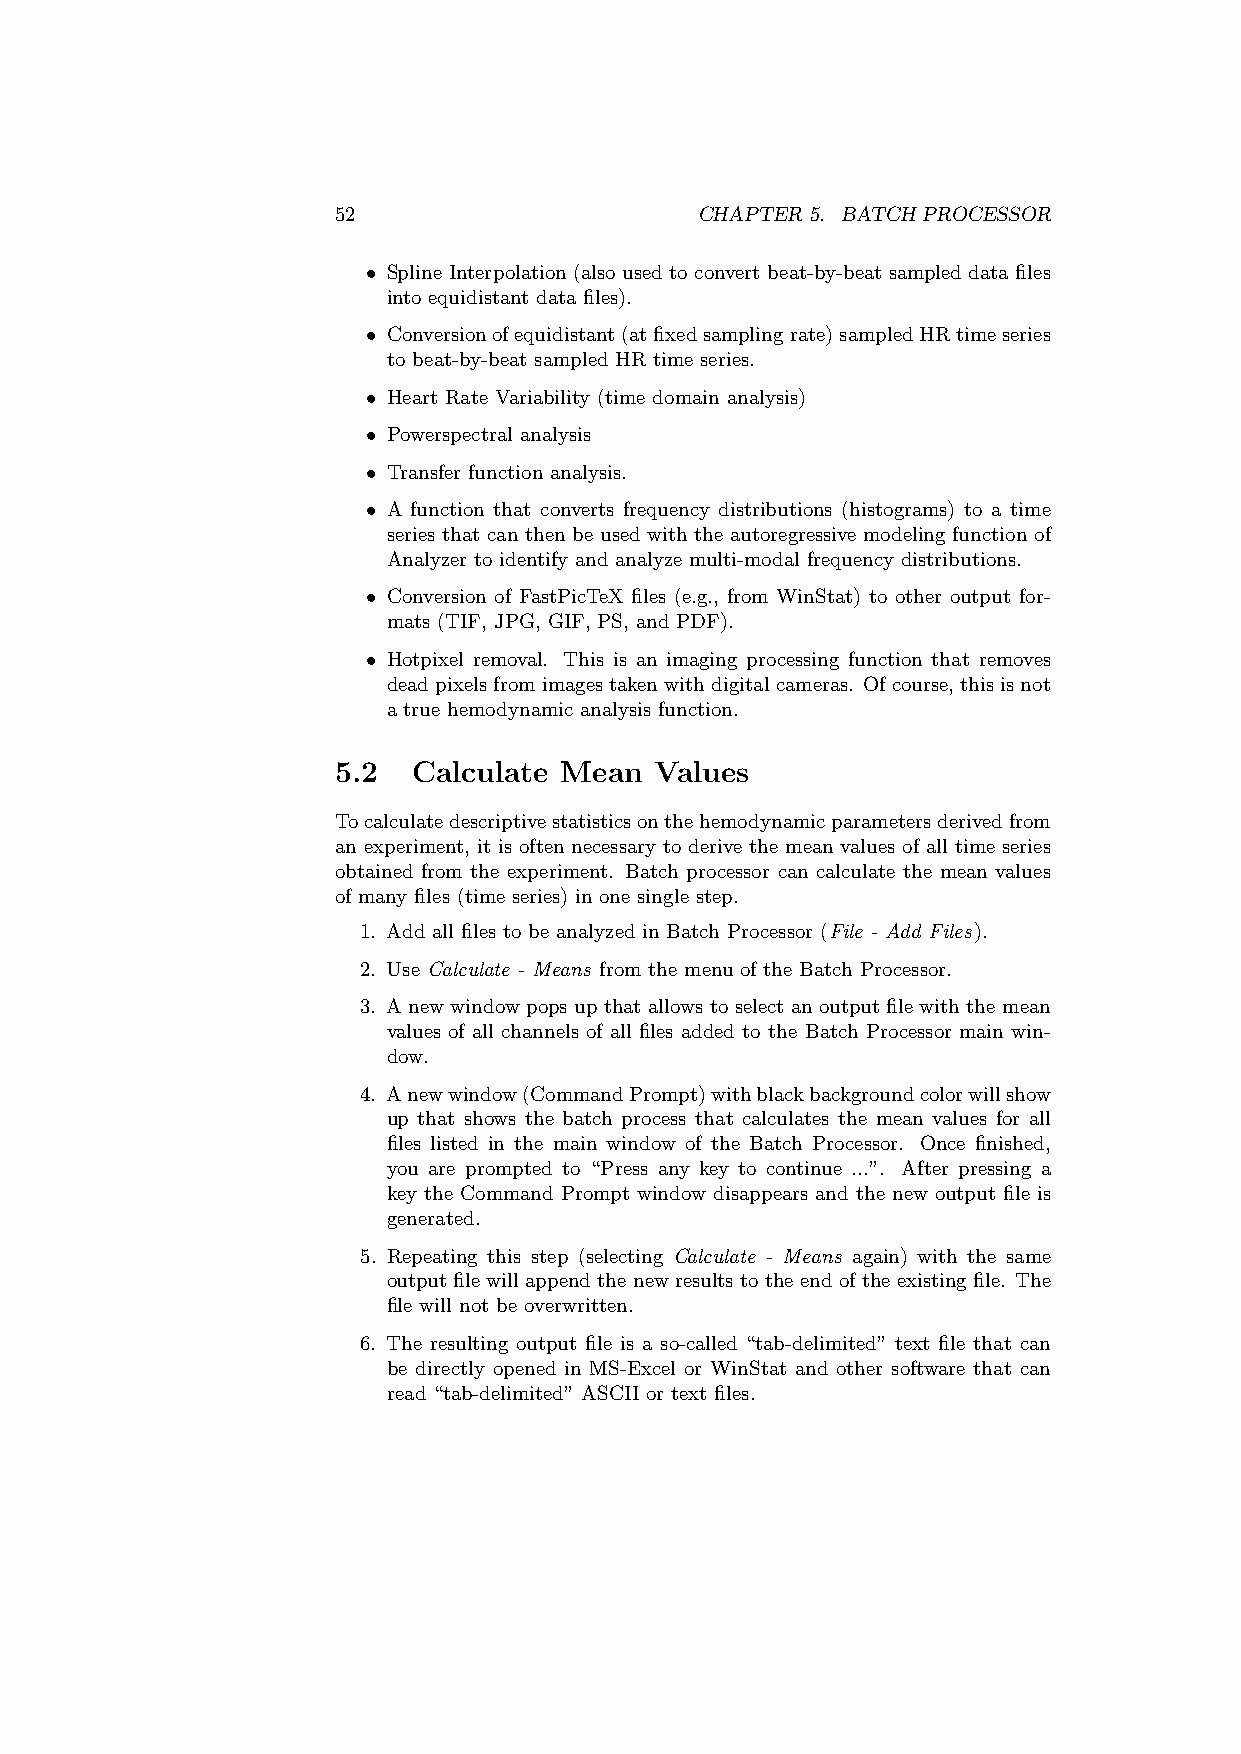
52                      CHAPTER 5. BATCH PROCESSOR
 • Spline Interpolation (also used to convert beat-by-beat sampled data files
 into equidistant data files).
 • Conversionofequidistant(atfixedsamplingrate)sampledHRtimeseries
 to beat-by-beat sampled HR time series.
 • Heart Rate Variability (time domain analysis)
 • Powerspectral analysis
 • Transfer function analysis.
 • A function that converts frequency distributions (histograms) to a time
 series that can then be used with the autoregressive modeling function of
 Analyzer to identify and analyze multi-modal frequency distributions.
 • Conversion of FastPicTeX files (e.g., from WinStat) to other output for-
 mats (TIF, JPG, GIF, PS, and PDF).
 • Hotpixel removal. This is an imaging processing function that removes
 dead pixels from images takenwith digital cameras. Of course, this is not
 a true hemodynamic analysis function.
 5.2  Calculate Mean  Values
 Tocalculatedescriptivestatisticsonthehemodynamicparametersderivedfrom
 an experiment, it is often necessary to derive the mean values of all time series
 obtained from the experiment. Batch processor can calculate the mean values
 of many files (time series) in one single step.
 1. Add all files to be analyzed in Batch Processor (File - Add Files).
 2. Use Calculate - Means from the menu of the Batch Processor.
 3. A new window pops up that allows to select an output file with the mean
 values of all channels of all files added to the Batch Processor main win-
 dow.
 4. Anewwindow(CommandPrompt)withblackbackgroundcolorwillshow
 up that shows the batch process that calculates the mean values for all
 files listed in the main window of the Batch Processor. Once finished,
 you are prompted to “Press any key to continue ...”. After pressing a
 key the Command Prompt window disappears and the new output file is
 generated.
 5. Repeating this step (selecting Calculate - Means again) with the same
 output file will append the new results to the end of the existing file. The
 file will not be overwritten.
 6. The resulting output file is a so-called “tab-delimited” text file that can
 be directly opened in MS-Excel or WinStat and other software that can
 read “tab-delimited” ASCII or text files.